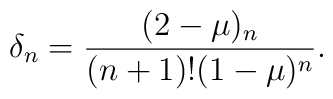
\delta_n = \frac{(2-\mu)_n}{(n+1)!(1-\mu)^n}.